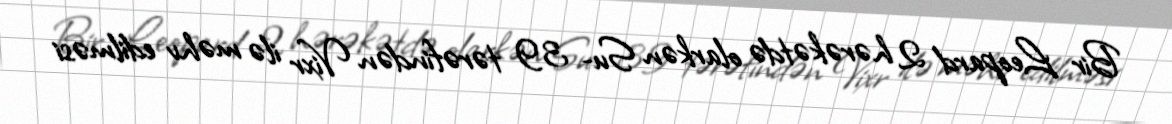
Bir Leopard 2 hərəkətdə olarkən Su- 39 tərəfindən Vixr ilə məhv edilməsi